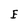
Character: E